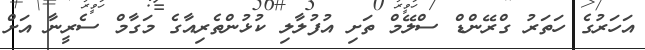
އަހަރުގެ ހަތަރު ގްރޭންޑް ސްލޭމް ތަށި އުފުލާލި ކުޅުންތެރިއާގެ މަގާމް ސެރީނާ އަށް